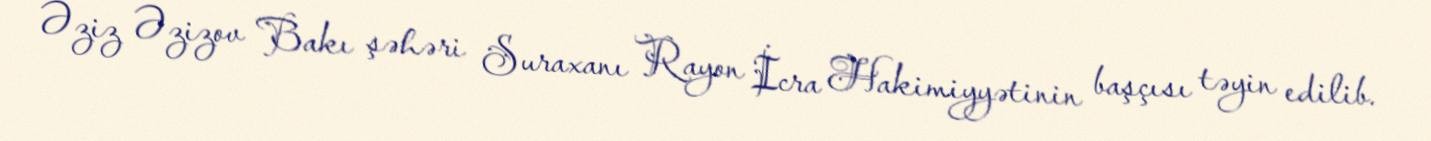
Əziz Əzizov Bakı şəhəri Suraxanı Rayon İcra Hakimiyyətinin başçısı təyin edilib.